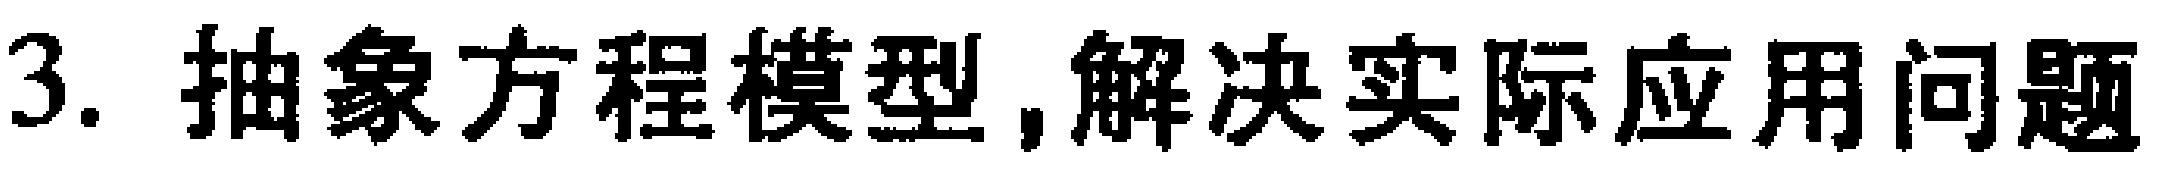
3. 抽象方程模型,解决实际应用问题